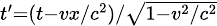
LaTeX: \scriptstyle t^{\prime}=(t-vx/c^{2})/{\sqrt{1-v^{2}/c^{2}}}